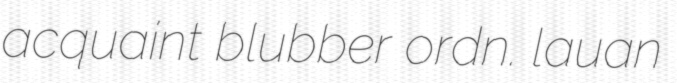
acquaint blubber ordn. lauan